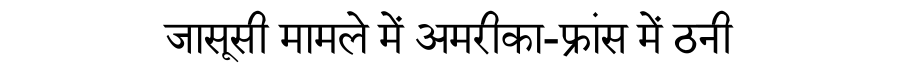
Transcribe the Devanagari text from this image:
जासूसी मामले में अमरीका-फ्रांस में ठनी